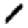
Digit: 1